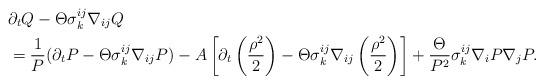
LaTeX: \begin{align*}&\partial_{t}Q-\Theta\sigma^{ij}_{k}\nabla_{ij}Q\\&=\frac{1}{P}(\partial_{t}P-\Theta\sigma^{ij}_{k}\nabla_{ij}P)-A\left[\partial_{t}\left(\frac{\rho^{2}}{2}\right)-\Theta\sigma^{ij}_{k}\nabla_{ij}\left(\frac{\rho^{2}}{2}\right)\right]+\frac{\Theta}{P^{2}}\sigma^{ij}_{k}\nabla_{i}P\nabla_{j}P.\end{align*}